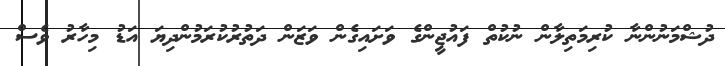
ދުޝްމަނުންނާ ކުރިމަތިލާން ނުކުތް ފައުޖީންގެ ވަށައިގެން ވަޒަން ދަތުރުކުރަމުންދިޔަ އަޑު މިހާރު ވެސް